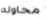
محاوله